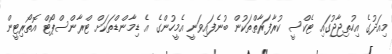
މިއަދުގެ އިހުތިޖާޖުގައި ޓެކްސީ ކުރާފަރާތްތަކުން ބުނެފައިވަނީ އެމީހުންގެ އެ ޑިމާންޑްތަކަށް ޓްރާންސްޕޯޓް އޮތޯރިޓީން